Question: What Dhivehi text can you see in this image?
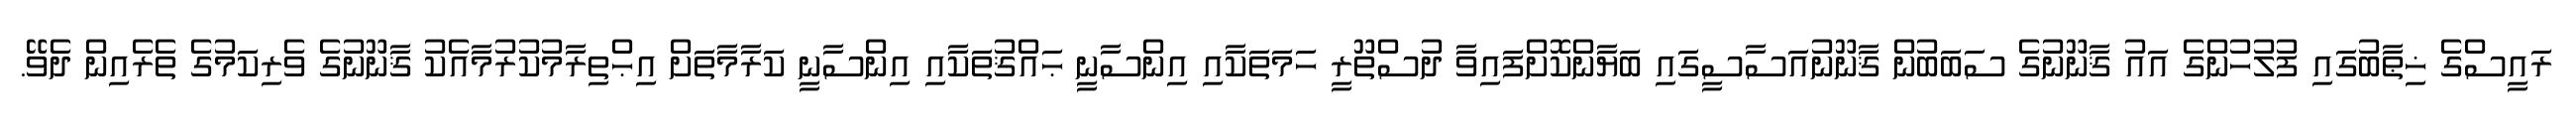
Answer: ރައީސްގެ ޚިޠާބުގައި ފުލުހުންގެ އައު ޤާނޫނުގެ ސަބަބުން ޤާނޫނުއަސާސީގައި ބަޔާންކޮށްފައިވާ ދުސްތޫރީ ހަމަތަކާއި އިންސާނީ ޙައްޤުތަކާއި އިންސާނީ ކަރާމާތަށް އިޙްތިރާމުކުރުމާއެކު ޤާނޫނުގެ ވެރިކަމުގެ ތެރެއިން ދެވޭ.